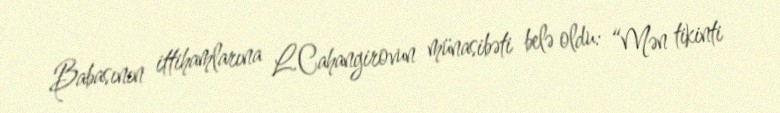
Babasının ittihamlarına L.Cahangirovun münasibəti belə oldu: “Mən tikinti